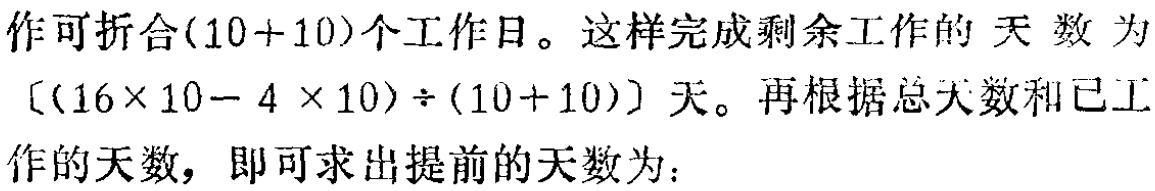
作可折合\((10 + 10)\)个工作日。这样完成剩余工作的天数为\([(16\times 10 - 4\times 10)\div(10 + 10)]\)天。再根据总天数和已工作的天数，即可求出提前的天数为：